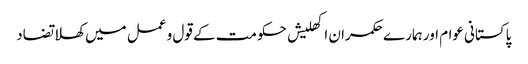
پاکستانی عوام اور ہمارے حکمران	 اکھلیش حکومت کے قول و عمل میں کھلا تضاد